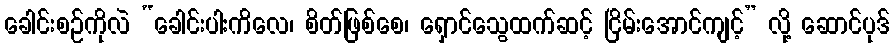
ခေါင်းစဉ်ကိုလဲ “ခေါင်းပါးကိလေ၊ စိတ်ဖြစ်စေ၊ ရှောင်သွေထက်ဆင့် ငြိမ်းအောင်ကျင့်” လို့ ဆောင်ပုဒ်